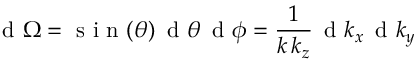
\mathrm { ~ d ~ } \Omega = \mathrm { ~ s ~ i ~ n ~ } ( \theta ) \, \mathrm { ~ d ~ } \theta \, \mathrm { ~ d ~ } \phi = \frac { 1 } { k \, k _ { z } } \, \mathrm { ~ d ~ } k _ { x } \, \mathrm { ~ d ~ } k _ { y }